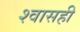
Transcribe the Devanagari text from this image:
श्‍वासही